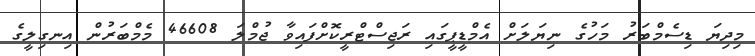
މިދިޔަ ޑިސެމްބަރު މަހުގެ ނިޔަލަށް އެމްޑީޕީގައި ރަޖިސްޓްރީކޮށްފައިވާ ޖުމްލަ 46608 މެމްބަރުން އިނގިލީގެ